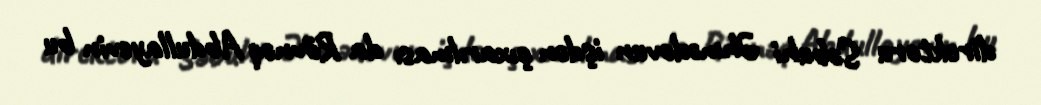
direktoru Səbuhi Əhmədovun işdən çıxarılması da Rövnəq Abdullayevin bu